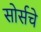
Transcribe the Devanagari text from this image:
सोर्सचे